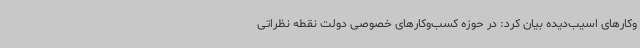
وکارهای اسیب‌دیده بیان کرد: در حوزه کسب‌وکارهای خصوصی دولت نقطه نظراتی